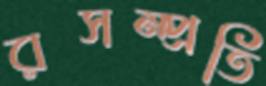
রসম্প্রতি